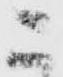
こ